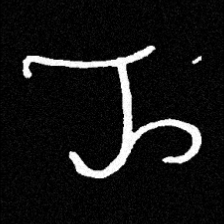
Pyu character \u2014 Myanmar letter: ည (romanized: nya)